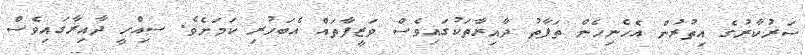
ސަރުކާރުގެ އިތުރުން އެހެނިހެން ތަފާތު ދާއިރާތަކުގައިވެސް ވަޒީފާތައް އެބަހުރި ކަމަށެވެ. ސިއްހީ ދާއިރާގައިވެސް